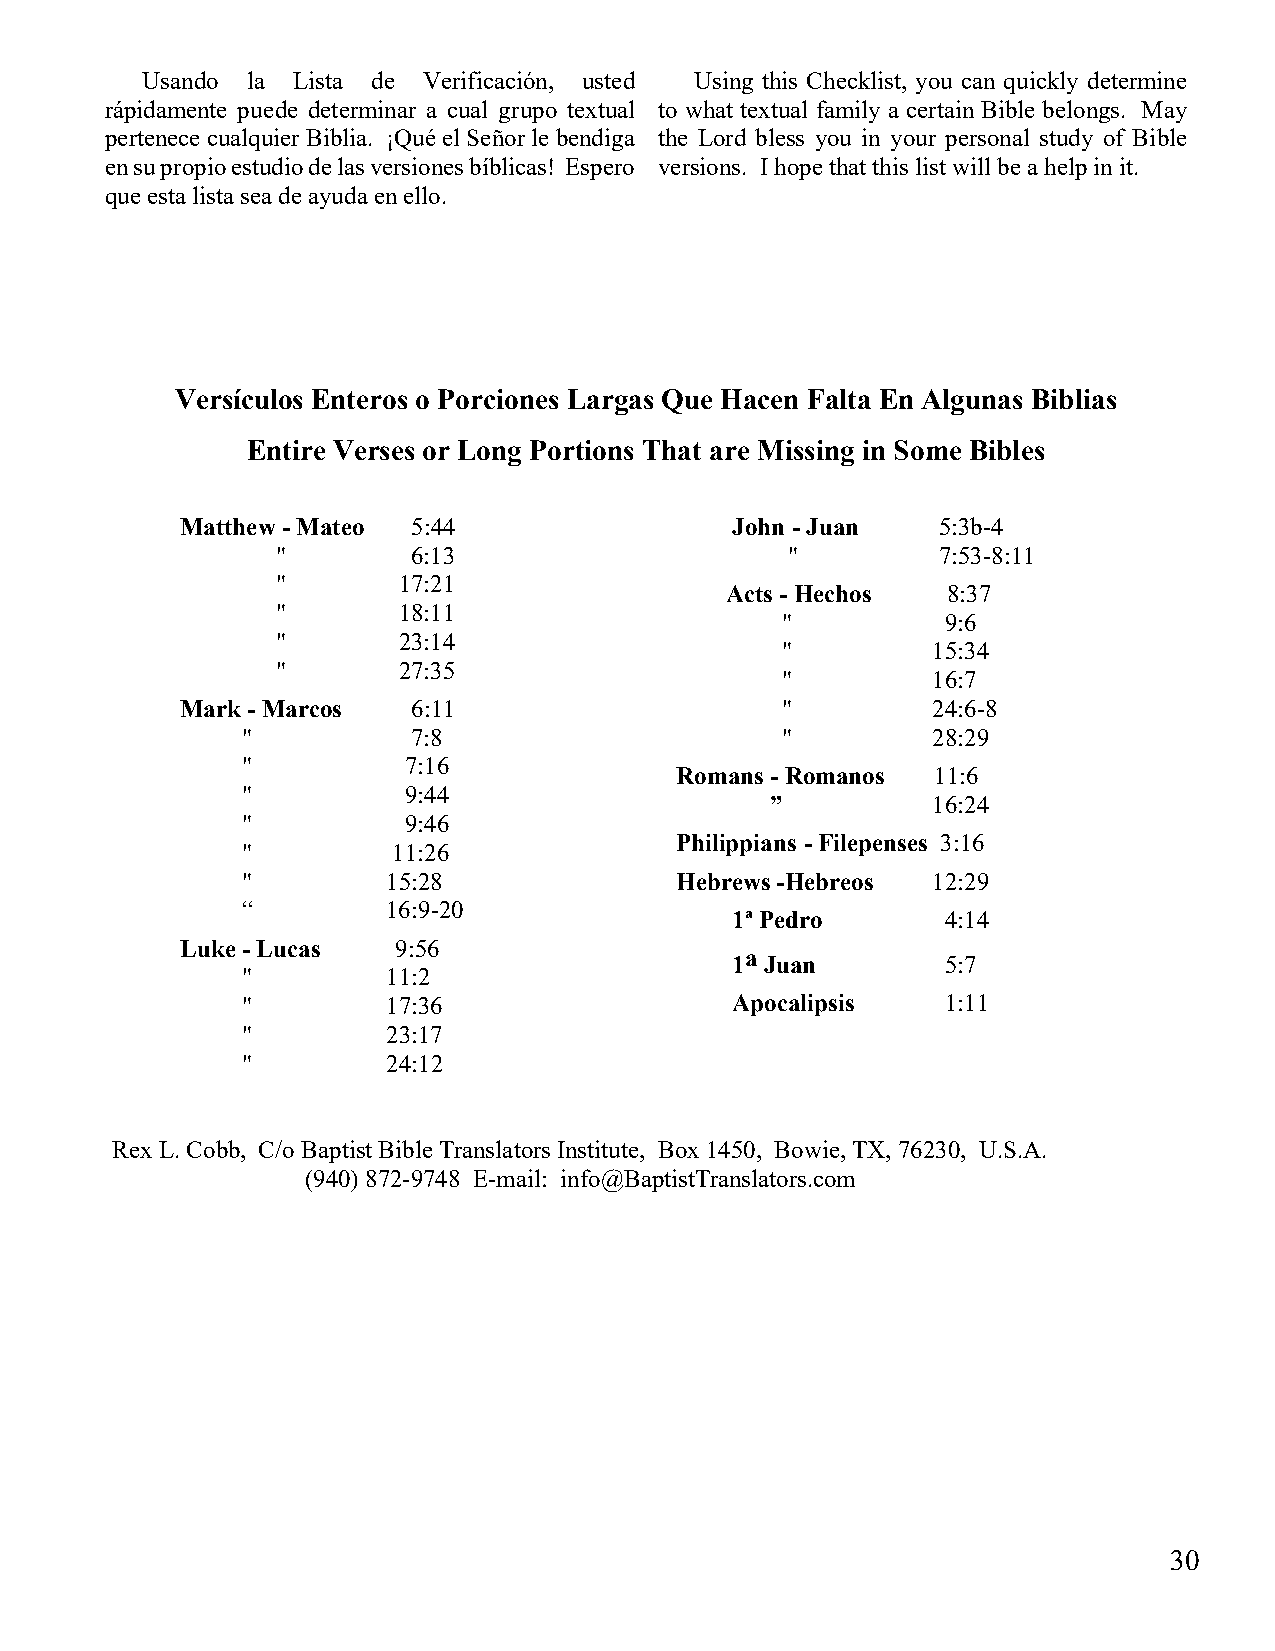
Usando la Lista de Verificación, usted Using this Checklist, you can quickly determine
 rápidamente puede determinar a cual grupo textual to what textual family a certain Bible belongs. May
 pertenece cualquier Biblia. ¡Qué el Señor le bendiga the Lord bless you in your personal study of Bible
 en su propio estudio de las versiones bíblicas! Espero versions. I hope that this list will be a help in it.
 que esta lista sea de ayuda en ello.
 Versículos Enteros o Porciones Largas Que Hacen Falta En Algunas Biblias
 Entire Verses or Long Portions That are Missing in Some Bibles
 Matthew - Mateo 5:44                John - Juan   5:3b-4
 "        6:13                     "         7:53-8:11
 "       17:21
 Acts - Hechos  8:37
 "       18:11
 "          9:6
 "       23:14
 "         15:34
 "       27:35
 "         16:7
 Mark - Marcos  6:11                     "         24:6-8
 "          7:8                      "         28:29
 "          7:16
 Romans - Romanos 11:6
 "          9:44
 ”          16:24
 "          9:46
 Philippians - Filepenses 3:16
 "         11:26
 "         15:28              Hebrews -Hebreos 12:29
 “         16:9-20
 1ª Pedro       4:14
 Luke - Lucas  9:56
 1a Juan        5:7
 "         11:2
 "         17:36                 Apocalipsis    1:11
 "         23:17
 "         24:12
 Rex L. Cobb, C/o Baptist Bible Translators Institute, Box 1450, Bowie, TX, 76230, U.S.A.
 (940) 872-9748 E-mail: info@BaptistTranslators.com
 30